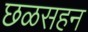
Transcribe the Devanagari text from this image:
छळसहन